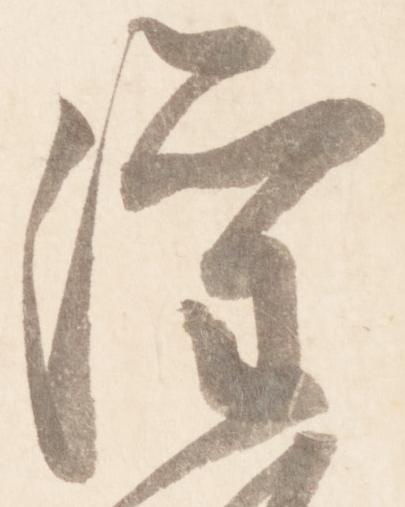
灌